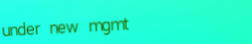
under new mgmt